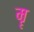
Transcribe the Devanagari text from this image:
मॄ